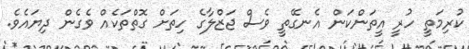
ކުރިމަތީ ހުރީ އީތަންކަން އެނގޭތީ ވެސް ޖަޒްލާގެ ހިތަށް ގޮތްތަކެއް ވެގެން ދިޔައެވެ.